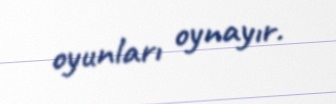
oyunları oynayır.